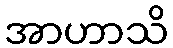
အာဟာသိ